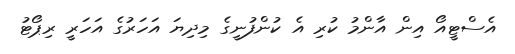
އެސްޓީއޯ އިން އާންމު ކުރި އެ ކުންފުނީގެ މިދިޔަ އަހަރުގެ އަހަރީ ރިޕޯޓު